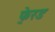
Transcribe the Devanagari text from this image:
फे्रड